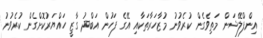
އިންފްލޭޝަން މަތިވެގެން ކުރެވުނު މުޒާހަރާތަކާއި އޭގެ ފަހުން އަބްދު ގާޒީ ހައްޔަރުކޮށްގެން ކުރެވުނު